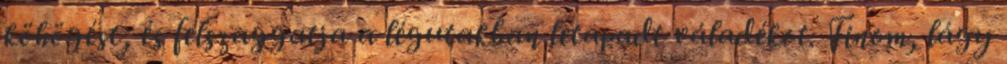
köhögést, és felszaggatja a légutakban letapadt váladékot. Finom, lágy